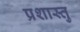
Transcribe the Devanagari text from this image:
प्रशास्तु